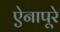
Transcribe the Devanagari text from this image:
ऐनापूरे